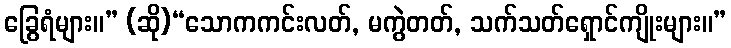
ခြွေရံများ။” (ဆို)“သောကကင်းလတ်, မကွဲတတ်, သက်သတ်ရှောင်ကျိုးများ။”